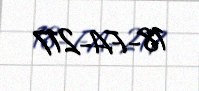
18-FA-217